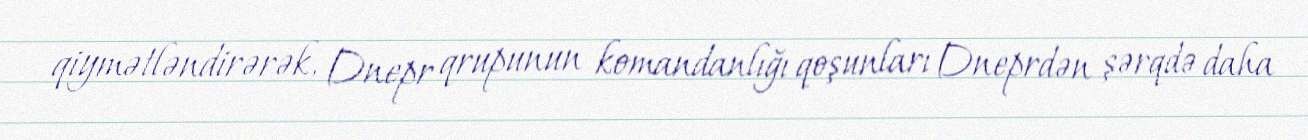
qiymətləndirərək, Dnepr qrupunun komandanlığı qoşunları Dneprdən şərqdə daha